Tartu_linnavalitsus, lk 8
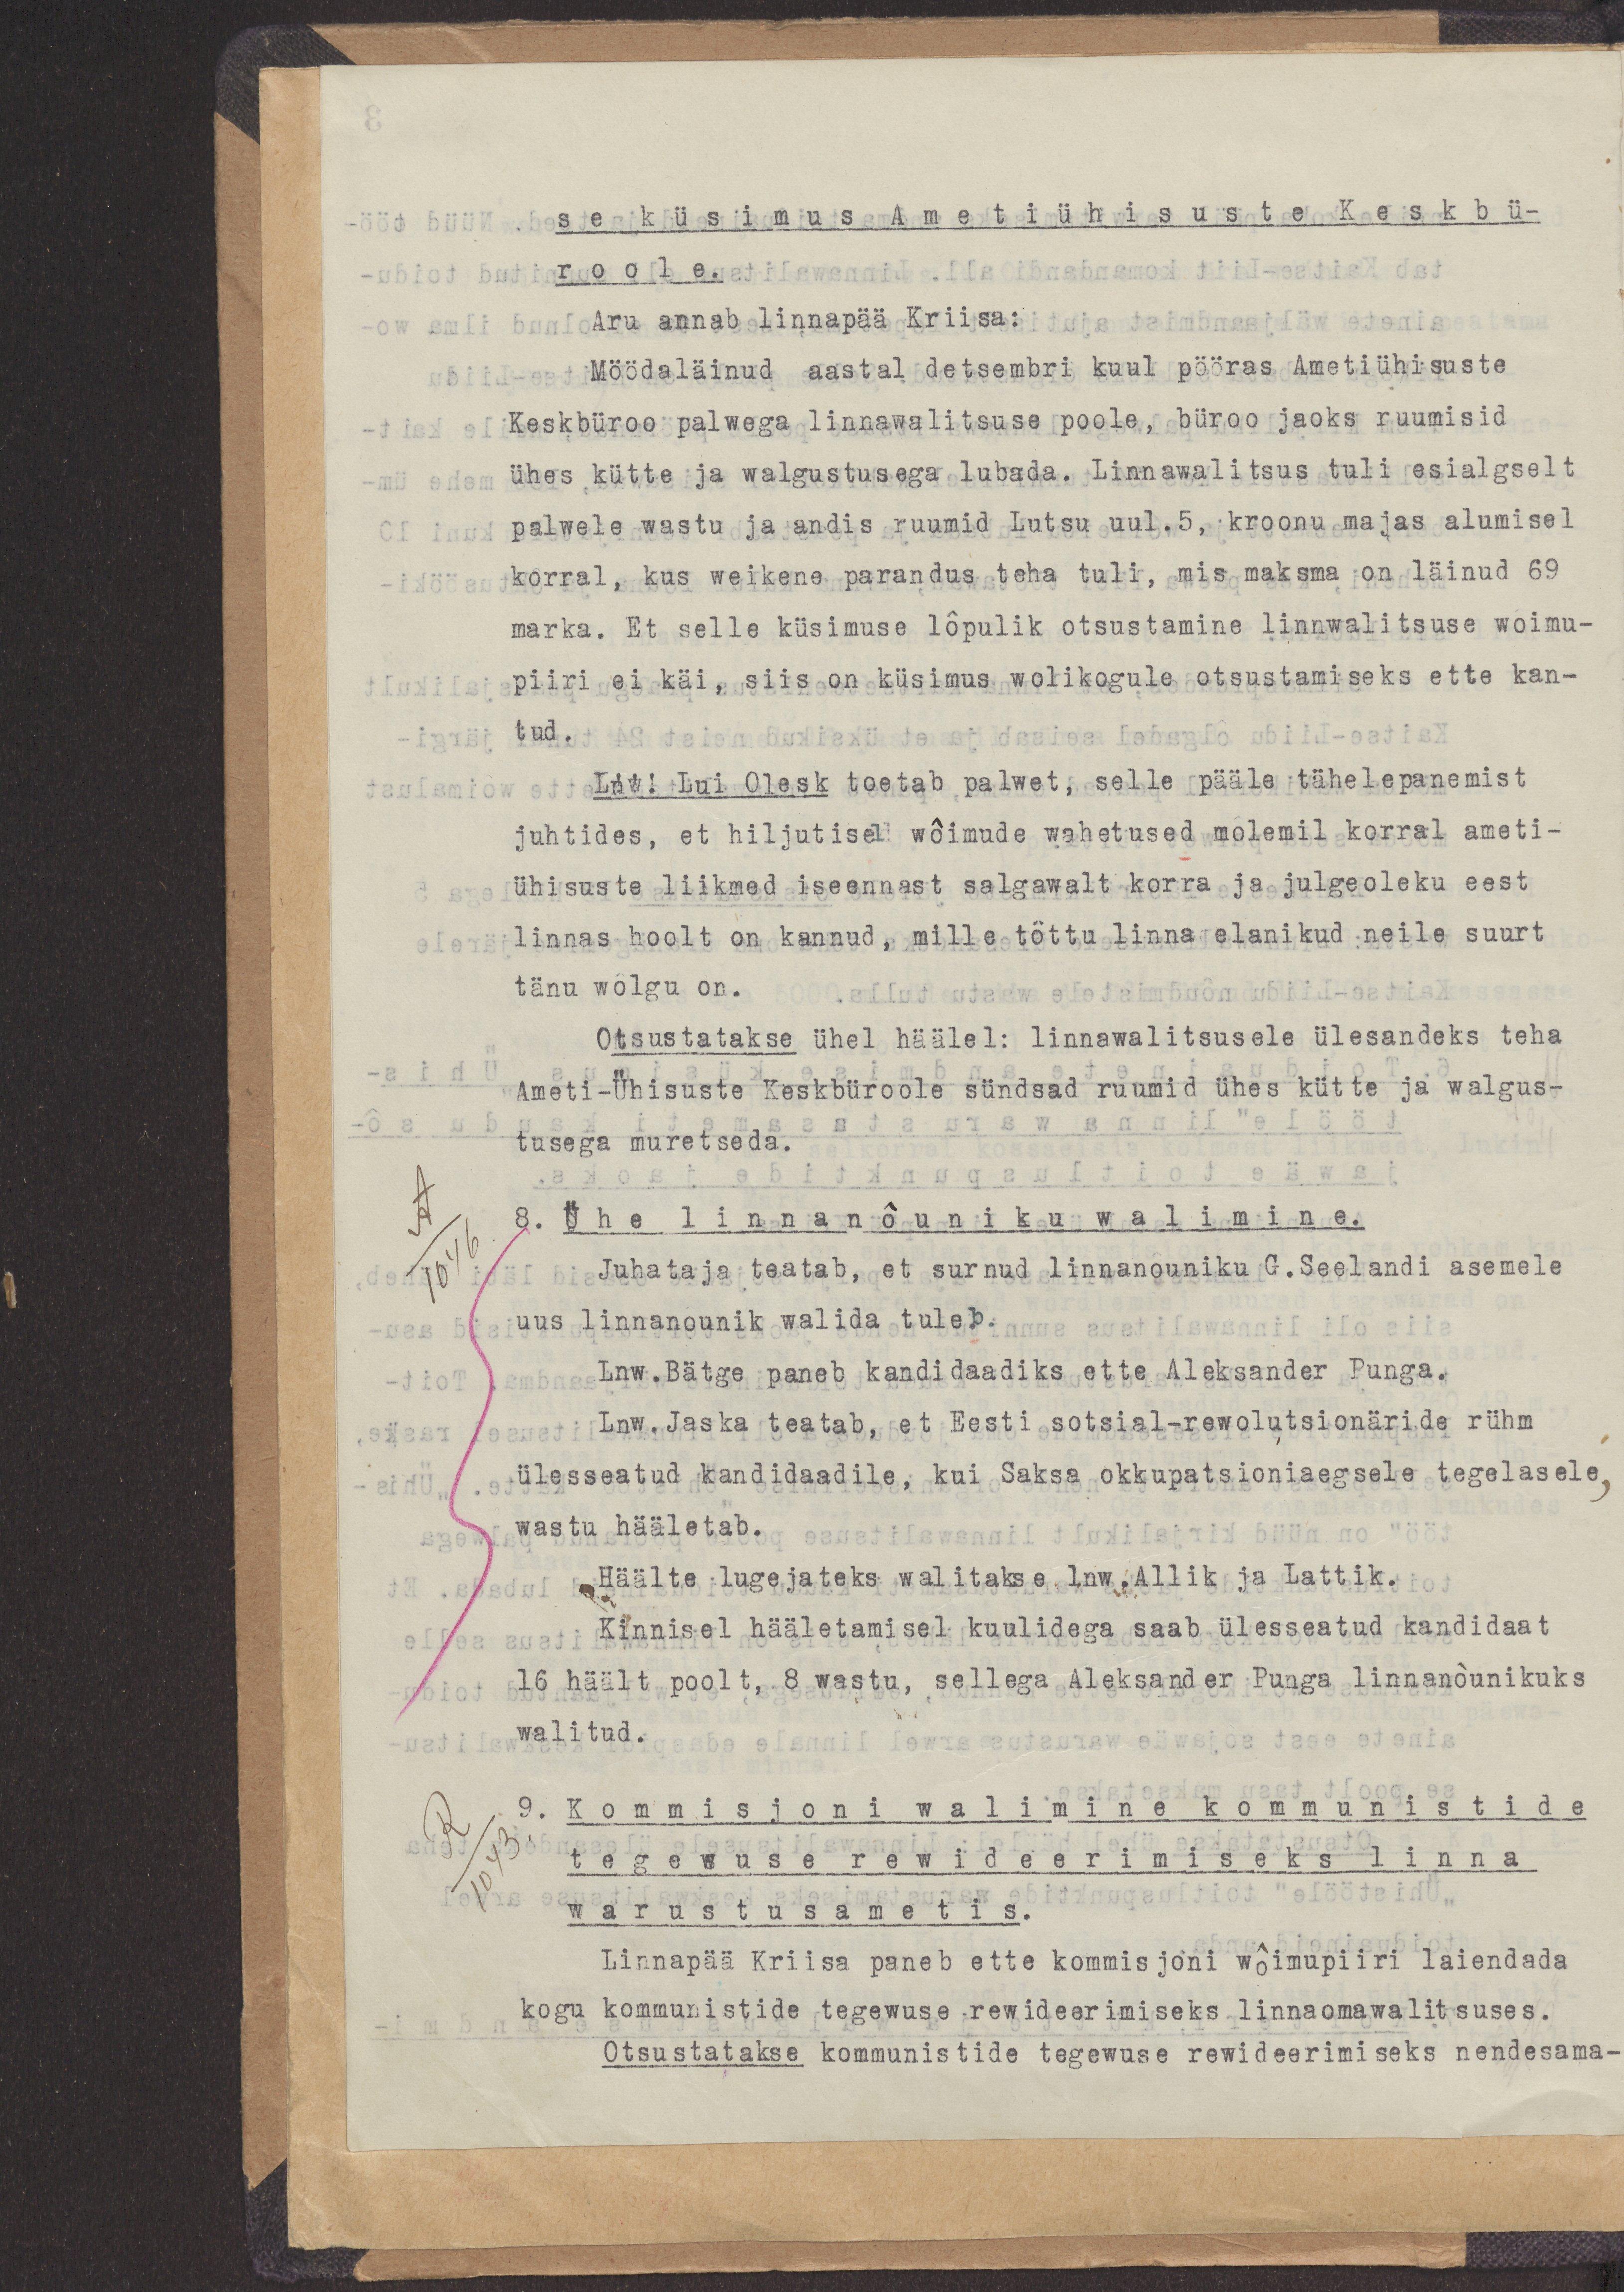
se küsimus Ametiühistuste Keskbü-
roole.
Aru annab linnapää Kriisa:
Möödaläinud aastal detsembri kuul pööras Ametiühistuste
Keskbüroo palwega linnawalitsuse poole, büroo jaoks ruumisid
ühes kütte ja walgustusega lubada. Linnawalitsus tuli esialgselt
palwele vastu ja andis ruumid Lutsu uul.5, kroonu majas alumisel
korral, kus weikene parandus teha tuli, mis maksma on läinud 69
marka. Et selle  küsimuse lõpulik otsustamine linnawalitsuse wõimu-
piiri ei käi, siis on küsimus wolikogule otsustamiseks ette kan-
tud.
Lnw. Lui Olesk toetab palwet, selle pääle tähelepanemist
juhtides, et hiljutisel wõimude wahetused mõlemil korral ameti-
ühistuste liikmed iseennast salgawalt korra ja julgeoleku eest
linnas hoolt on kannud, mille tõttu linna elankud neile suurt
tänu wõlgu on.
Otsustatakse ühel häälele: linnawalitsusele ülesandeks teha
Ameti-Ühistuste Keskbüroole sündsad ruumid ühes kütte ja walgus-
tusega muretseda.
8. Ühe linnanõuniku walimine.
Juhataja teatab, et surnud linnanõuniku G.Seelandi asemele
uus linnanõunik valida tuleb.
Lnw. Bätge paneb kandidaadiks ette Aleksander Punga.
Lnw. Jaska teatab, et Eesti sotsial-rewolutsionäride rühm
ülesseatud kandidaadile, kui Saksa okkupatsioniaegsele tegelasele
wastu hääletab.
Häälte lugejateks walitakse lnw. Allik ja Lattik.
Kinnisel hääletamisel kuulidega saab ülesseatud kandidaat
16 häält poolt, 8 wastu, sellega Aleksander Punga linnanõunikuks
walitud.
9. Komisjoni walimine kommunistide
tegewuse rewideerimiseks linna
warustusametis
Linnapää Kriisa paneb ette komisjoni wõimupiiri laiendada
kogu kommunistide tegewuse rewideerimiseks linnaomawalitsuses.
Otsustatakse kommunistide tegewuse rewideerimiseks nendesama-